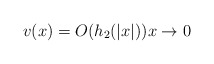
\begin{align*} v(x)=O(h_2 (|x|)) x\to 0\end{align*}